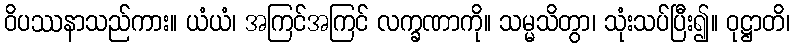
ဝိပဿနာသည်ကား။ ယံယံ၊ အကြင်အကြင် လက္ခဏာကို။ သမ္မသိတွာ၊ သုံးသပ်ပြီး၍။ ဝုဋ္ဌာတိ၊